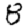
Digit: 8